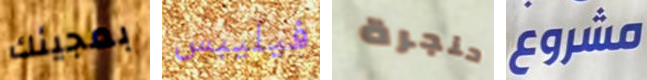
بمجيئك فيليبس حنجرة مشروع